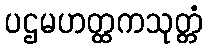
ပဌမဟတ္ထကသုတ္တံ